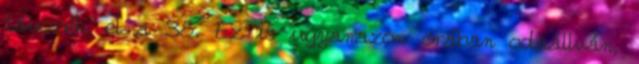
távozék el a 38. Ez is ugyanazon órában odaállván,